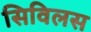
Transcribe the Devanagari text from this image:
सिविलस